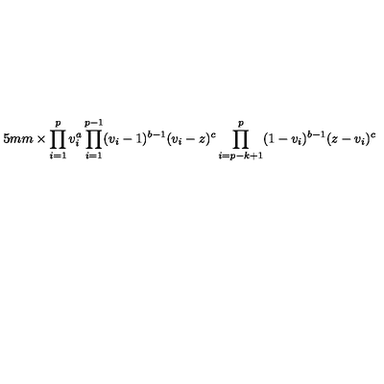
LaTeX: \hspace { 1 5 m m } \times \prod _ { i = 1 } ^ { p } v _ { i } ^ { a } \prod _ { i = 1 } ^ { p - 1 } ( v _ { i } - 1 ) ^ { b - 1 } ( v _ { i } - z ) ^ { c } \prod _ { i = p - k + 1 } ^ { p } ( 1 - v _ { i } ) ^ { b - 1 } ( z - v _ { i } ) ^ { c }